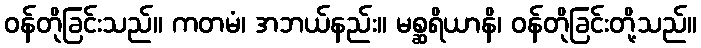
ဝန်တိုခြင်းသည်။ ကတမံ၊ အဘယ်နည်း။ မစ္ဆရိယာနိ၊ ဝန်တိုခြင်းတို့သည်။